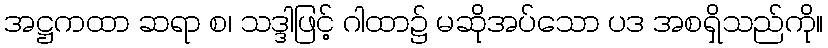
အဋ္ဌကထာ ဆရာ စ၊ သဒ္ဒါဖြင့် ဂါထာ၌ မဆိုအပ်သော ပဒ အစရှိသည်ကို။